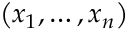
\left( x _ { 1 } , \dots , x _ { n } \right)